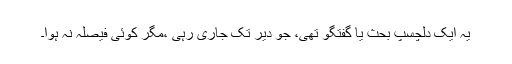
یہ ایک دلچسپ بحث یا گفتگو تھی، جو دیر تک جاری رہی ،مگر کوئی فیصلہ نہ ہوا۔